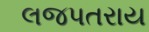
લજપતરાય